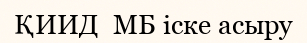
ҚИИД  МБ іске асыру